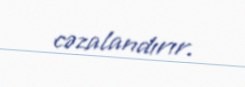
cəzalandırır.